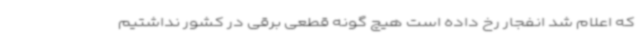
که اعلام شد انفجار رخ داده است هیچ گونه قطعی برقی در کشور نداشتیم